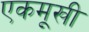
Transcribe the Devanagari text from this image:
एकमूखी